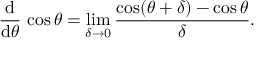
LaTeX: { \frac { \operatorname { d } } { \operatorname { d } \! \theta } } \, \cos \theta = \operatorname* { l i m } _ { \delta \to 0 } { \frac { \cos ( \theta + \delta ) - \cos \theta } { \delta } } .